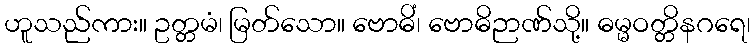
ဟူသည်ကား။ ဥတ္တမံ၊ မြတ်သော။ ဗောဓိံ၊ ဗောဓိဉာဏ်သို့။ ဓမ္မဝတ္တိနဂရေ၊